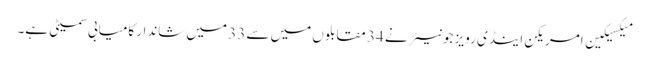
میکسیکین امریکن اینڈی رویز جونیئر نے 34 مقابلوں میں سے 33 میں شاندار کامیابی سمیٹی ہے۔